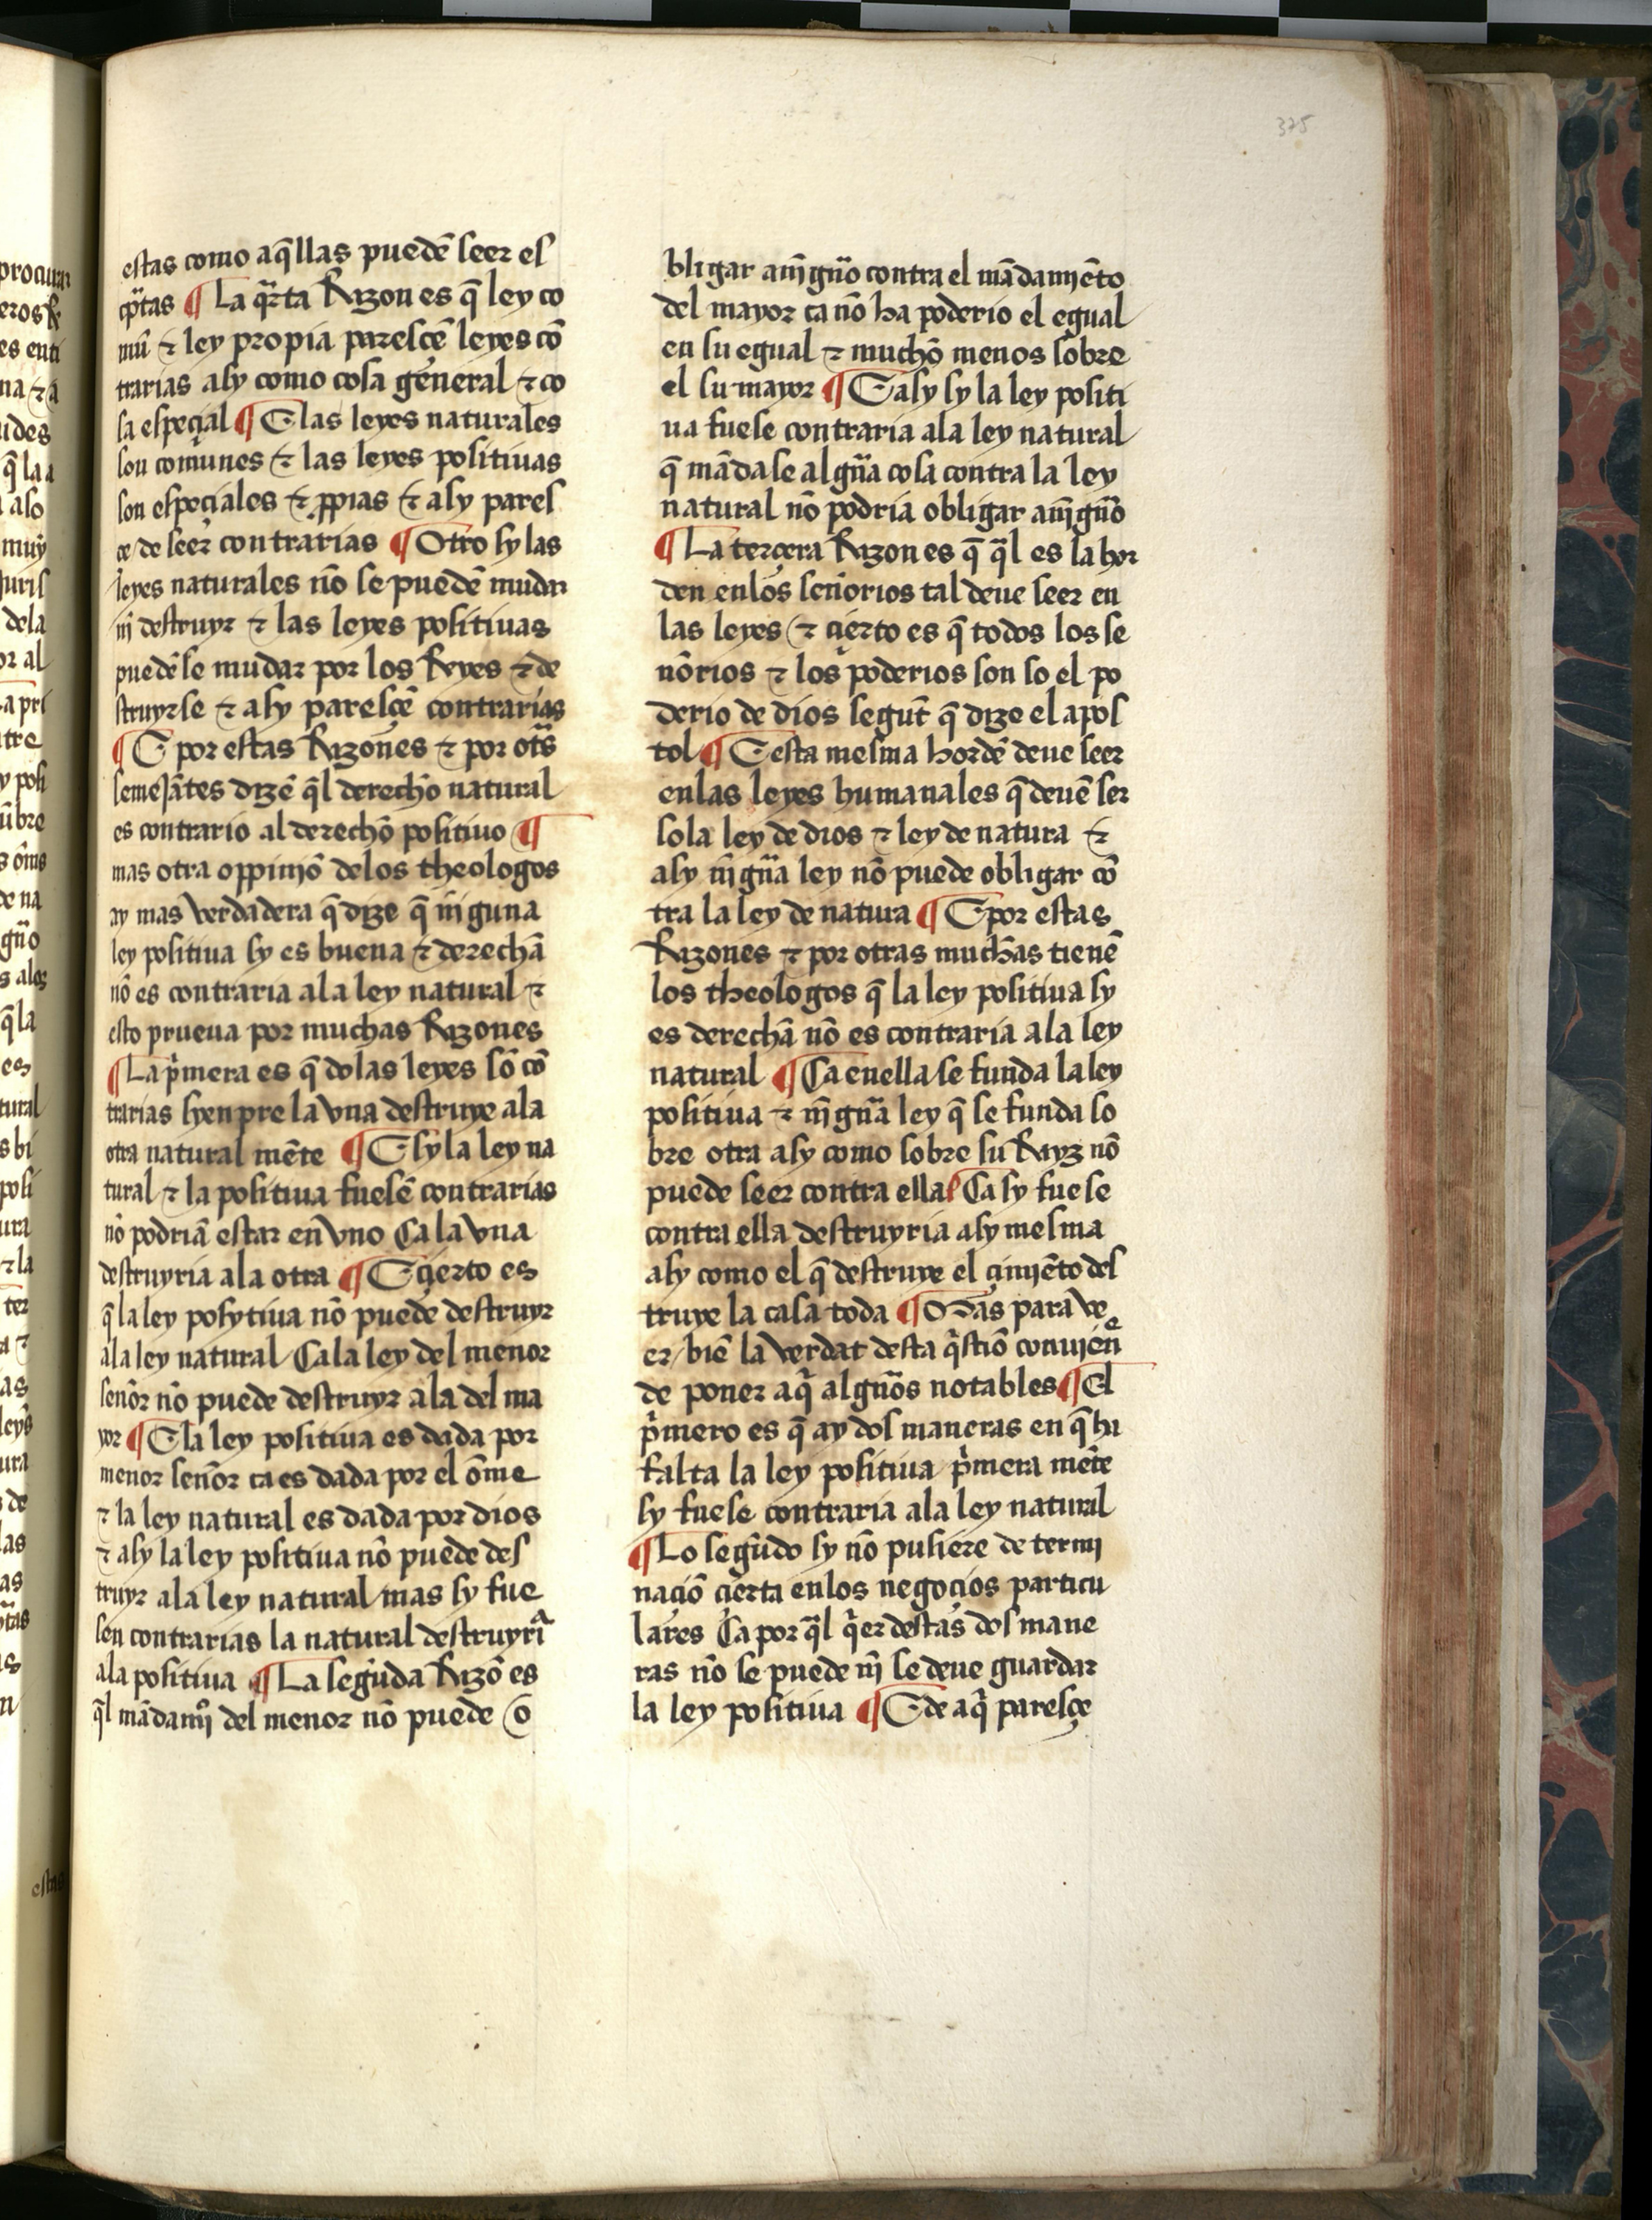
Shelfmark: Salamanca, Biblioteca Histórica USAL, 2709
Century: 15